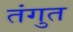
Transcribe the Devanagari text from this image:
तंगुत